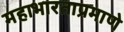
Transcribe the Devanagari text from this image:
महाभारताप्रमाणे